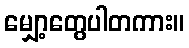
မျှော့တွေပါတကား။